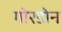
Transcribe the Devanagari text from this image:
गोरडोन